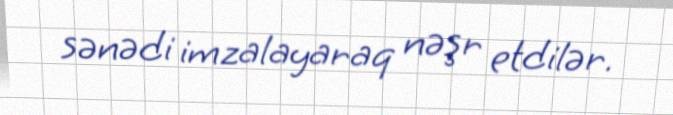
sənədi imzalayaraq nəşr etdilər.